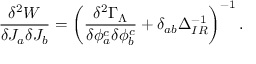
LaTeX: \frac { \delta ^ { 2 } W } { \delta J _ { a } \delta J _ { b } } = \left( \frac { \delta ^ { 2 } \Gamma _ { \Lambda } } { \delta \phi _ { a } ^ { c } \delta \phi _ { b } ^ { c } } + \delta _ { a b } \Delta _ { I R } ^ { - 1 } \right) ^ { - 1 } .